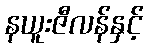
နယူးဇီလန်နှင့်